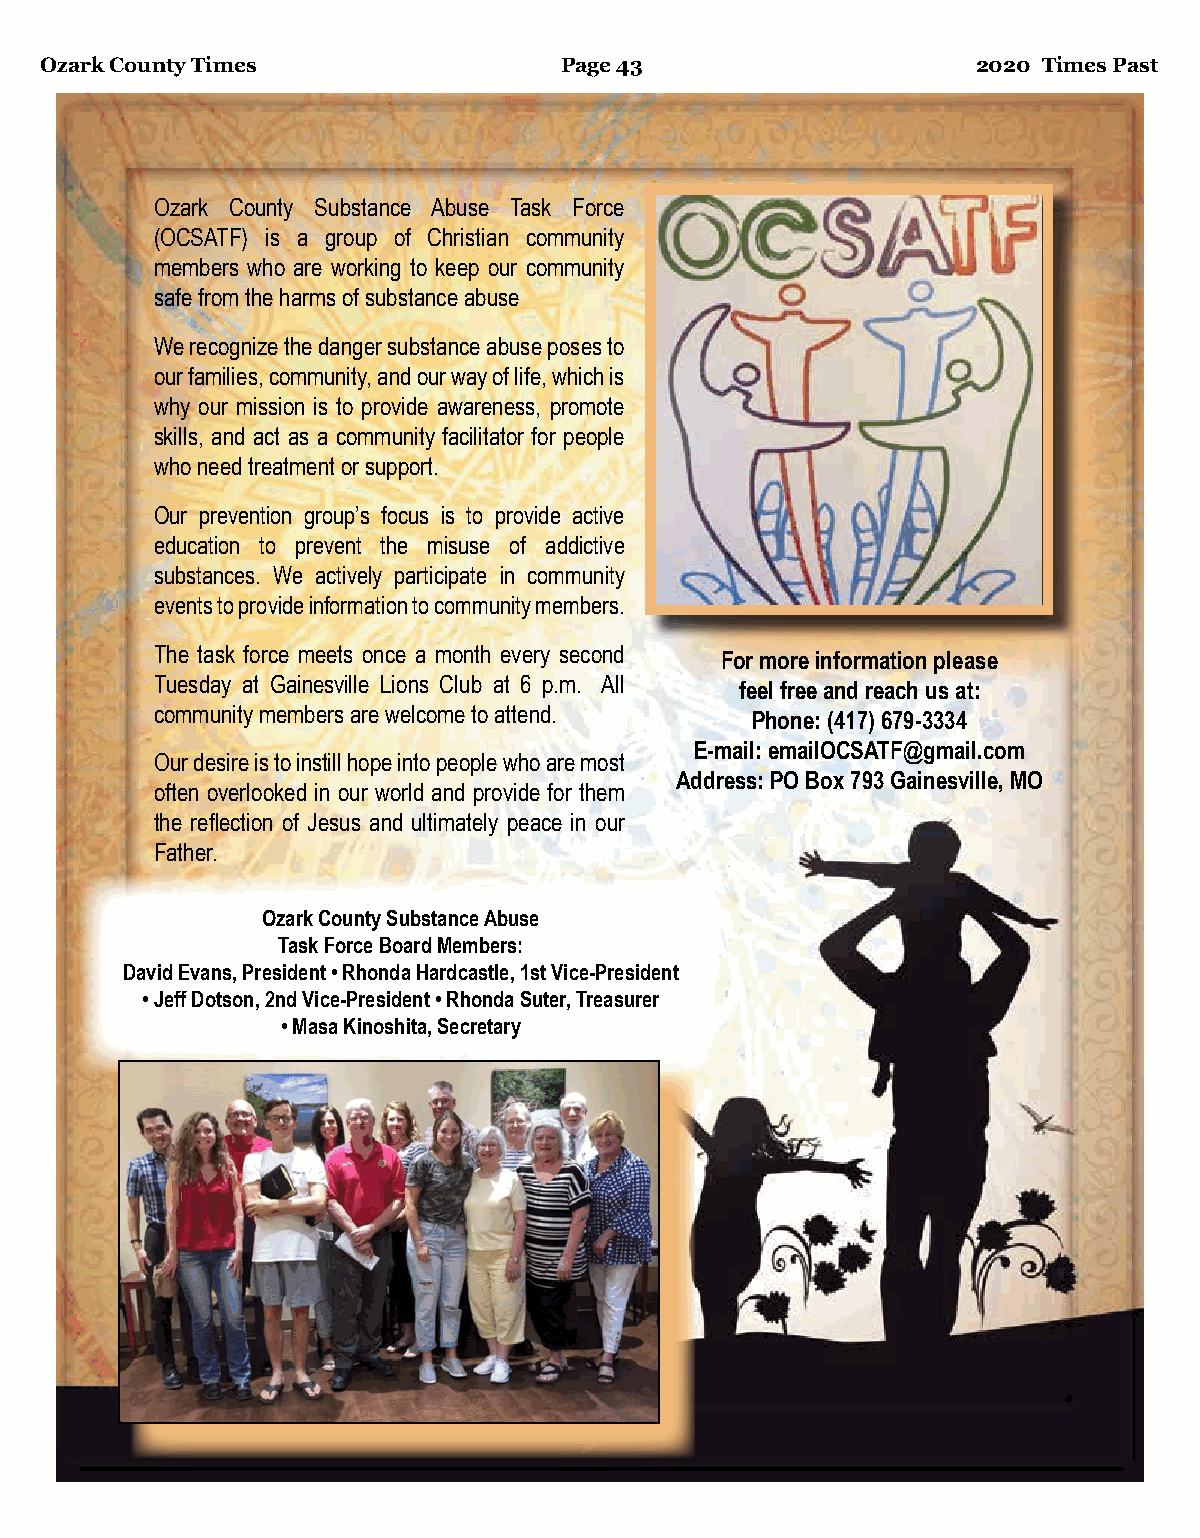
Ozark County Times                Page 43                     2020 Times Past
 Ozark County Substance Abuse Task Force
 (OCSATF) is a group of Christian community
 members who are working to keep our community
 safe from the harms of substance abuse
 We recognize the danger substance abuse poses to
 our families, community, and our way of life, which is
 why our mission is to provide awareness, promote
 skills, and act as a community facilitator for people
 who need treatment or support.
 Our prevention group’s focus is to provide active
 education to prevent the misuse of addictive
 substances. We actively participate in community
 events to provide information to community members.
 The task force meets once a month every second
 For more information please
 Tuesday at Gainesville Lions Club at 6 p.m. All
 feel free and reach us at:
 community members are welcome to attend.
 Phone: (417) 679-3334
 E-mail: emailOCSATF@gmail.com
 Our desire is to instill hope into people who are most
 Address: PO Box 793 Gainesville, MO
 often overlooked in our world and provide for them
 the reflection of Jesus and ultimately peace in our
 Father.
 Ozark County Substance Abuse
 Task Force Board Members:
 David Evans, President • Rhonda Hardcastle, 1st Vice-President
 • Jeff Dotson, 2nd Vice-President • Rhonda Suter, Treasurer
 • Masa Kinoshita, Secretary